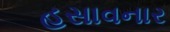
હસાવનાર